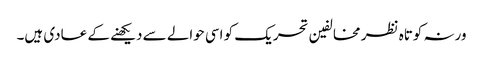
ورنہ کوتاہ نظر مخالفین تحریک کو اسی حوالے سے دیکھنے کے عادی ہیں۔